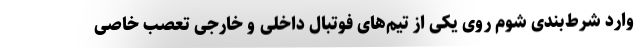
وارد شرط‌بندی شوم روی یکی از تیم‌های فوتبال داخلی و خارجی تعصب خاصی